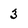
Character: 3